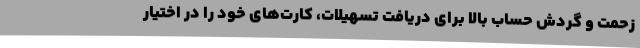
زحمت و گردش حساب بالا برای دریافت تسهیلات، کارت‌های خود را در اختیار